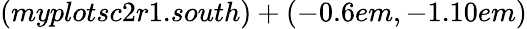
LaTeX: (myplotsc2r1.south)+(-0.6em,-1.10em)